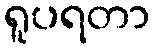
ရူပရတာ